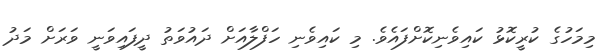
މިމަހުގެ ކުރީކޮޅު ކައިވެނިކޮށްފައެވެ. މި ކައިވެނި ހަފްލާއަށް ދައުވަތު ދީފައިވަަނީ ވަރަށް މަދު